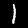
Digit: 1